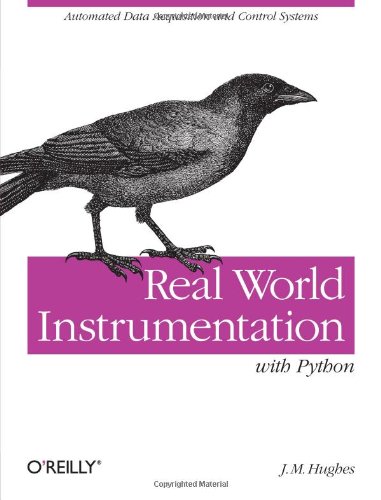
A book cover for Real World Instrumentation with Python: Automated Data Acquisition and Control Systems; John M. Hughes; Computers & Technology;